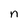
Character: n